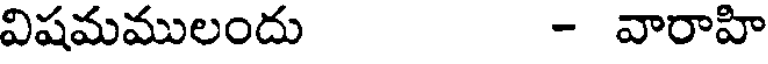
విషమములందు - వారాహి